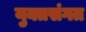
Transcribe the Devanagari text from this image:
युक्तसंगत